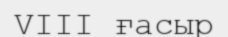
VIII ғасыр